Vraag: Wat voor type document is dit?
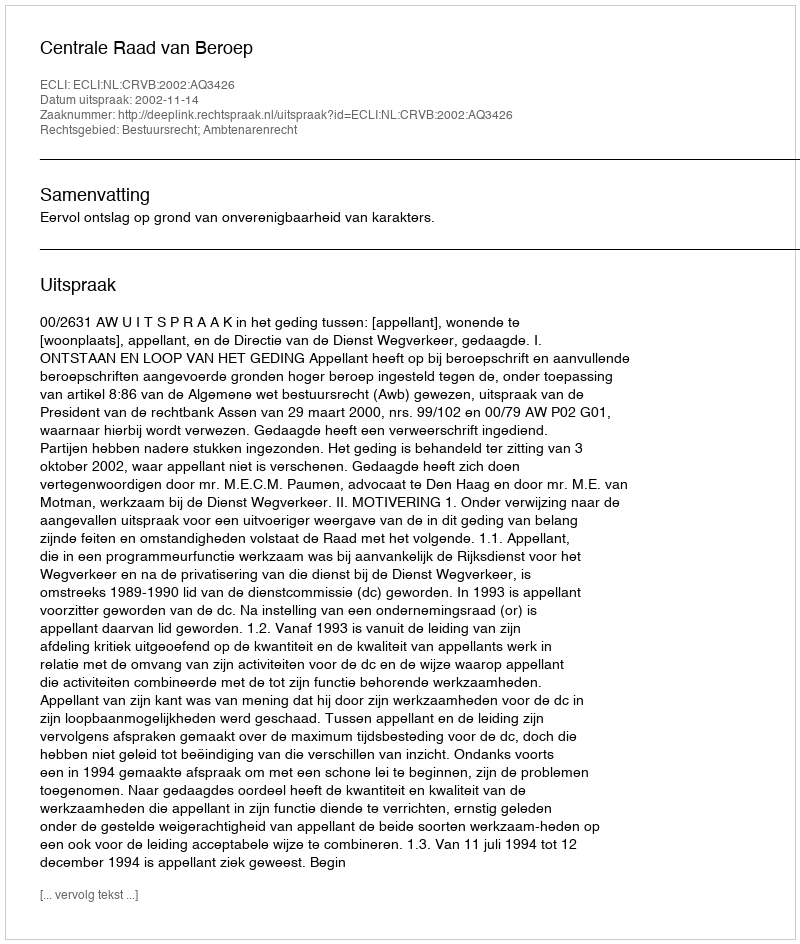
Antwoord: Uitspraak